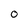
Character: O